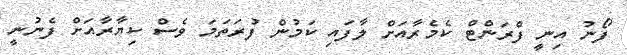
ފޯނު އިނީ ފްރަންޓް ކެމެރާއަށް ލާފައި ކަމުން ފުރަތަމަ ވެސް ކިޔާރާއަށް ފެނުނީ